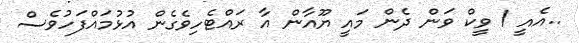
..އެއީ 1 ވީކް ވަން ދެން މައީ ޔޫއާން އާ ރައްޓެހިވެގެން އުޅުމައްފަހުވެސް